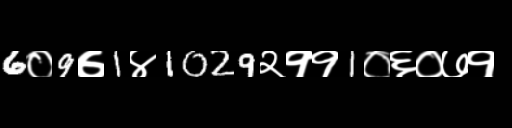
Text: 6०9७1४1029२११1०६०७१